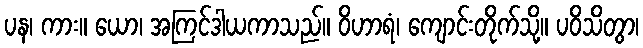
ပန၊ ကား။ ယော၊ အကြင်ဒါယကာသည်။ ဝိဟာရံ၊ ကျောင်းတိုက်သို့။ ပဝိသိတွာ၊